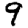
Digit: 9